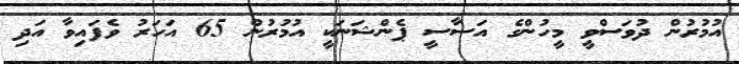
އުމުރުން ދުވަސްވީ މީހުންގެ އަސާސީ ޕެންޝަނަކީ އުމުރުން 65 އަހަރު ވެފައިވާ އަދި